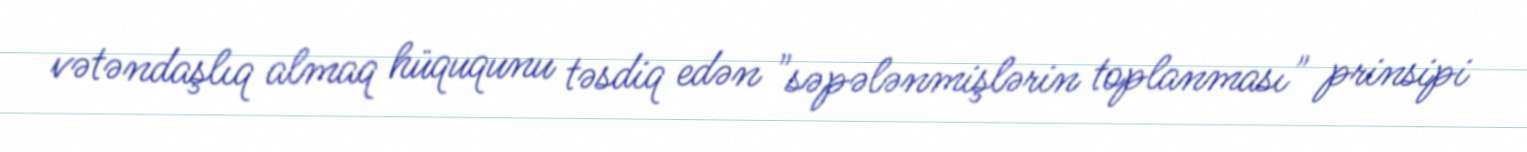
vətəndaşlıq almaq hüququnu təsdiq edən "səpələnmişlərin toplanması" prinsipi